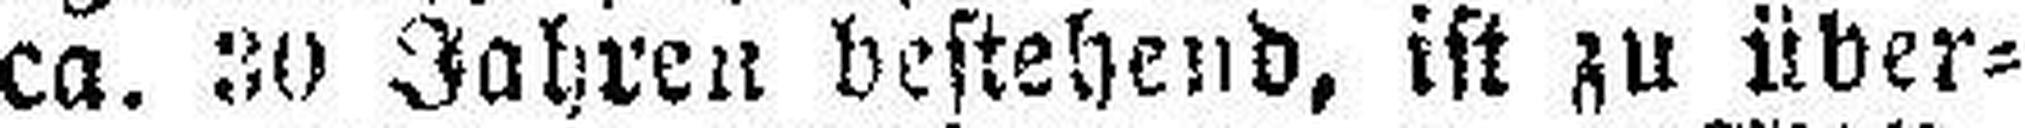
ca. 30 Jahren bestehend, ist zu über¬